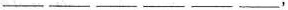
___ ___ ___ ___ ___ ___，